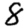
Digit: 8